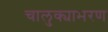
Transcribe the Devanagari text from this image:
चालुक्याभरण